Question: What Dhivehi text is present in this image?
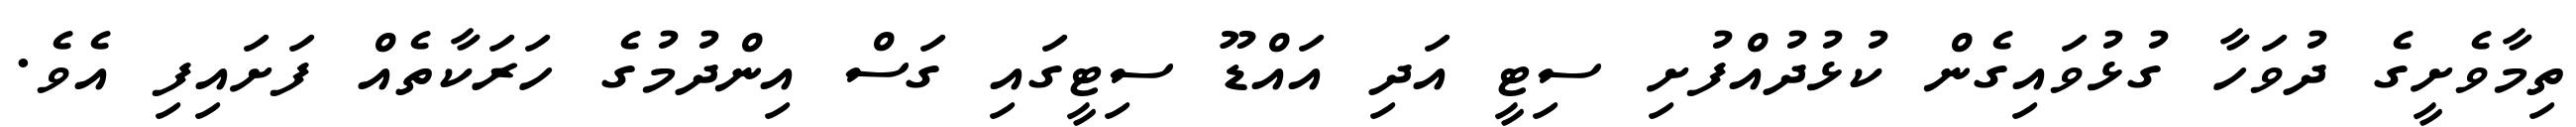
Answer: ތިމާވެށީގެ ދުވަހާ ގުޅުވައިގެން ކުޅުދުއްފުށި ސިޓީ އަދި އައްޑޫ ސިޓީގައި ގަސް އިންދުމުގެ ހަރަކާތެއް ފަށައިފި އެވެ.